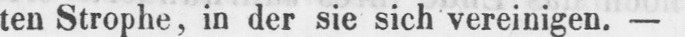
ten Strophe, in der sie sich vereinigen. -